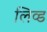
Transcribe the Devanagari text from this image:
लिव्‍ड